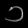
Digit: ၁